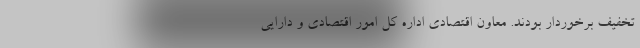
تخفیف برخوردار بودند. معاون اقتصادی اداره کل امور اقتصادی و دارایی